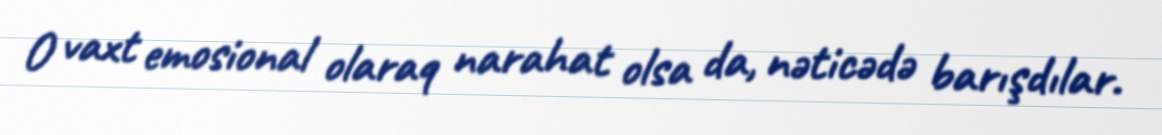
O vaxt emosional olaraq narahat olsa da, nəticədə barışdılar.